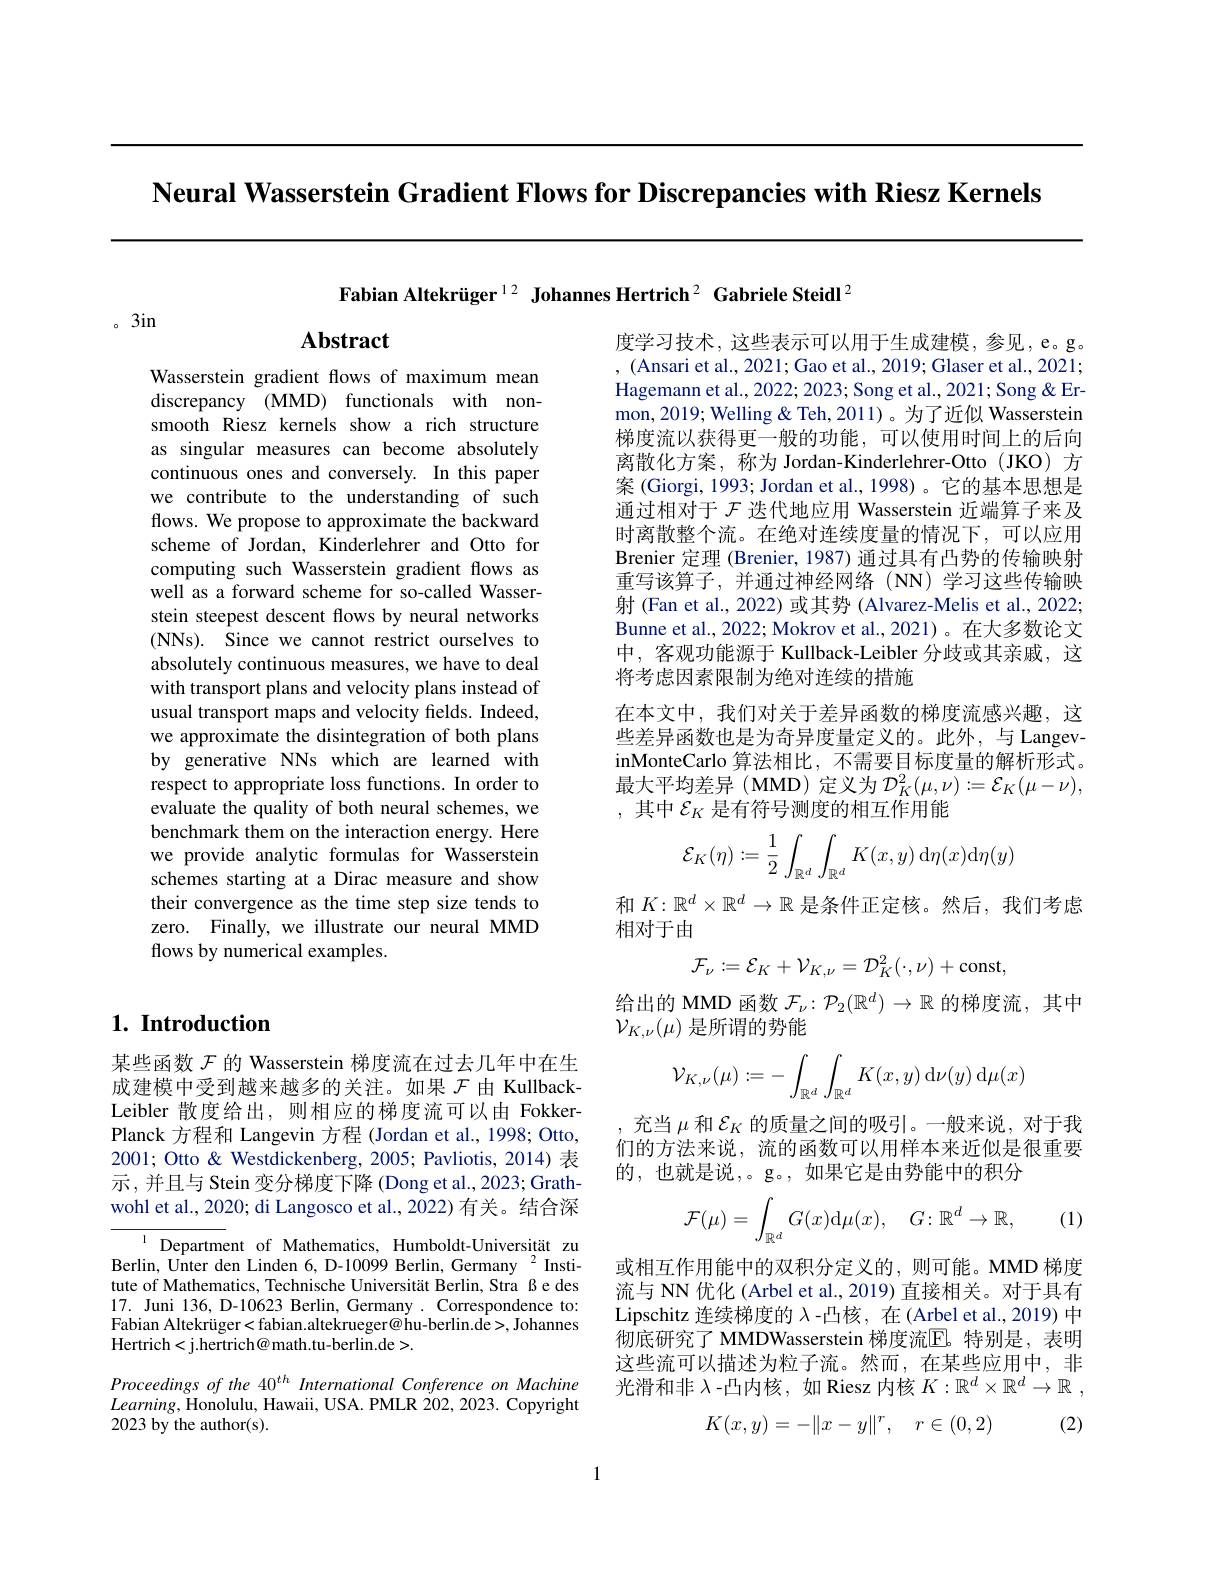
Neural Wasserstein Gradient Flows for Discrepancies with Riesz Kernels

Fabian Altekrüger$^12\textbf{ Johannes Hertrich}^2\textbf{ Gabriele Steidl}^2$

。3in

## Abstract

Wasserstein gradient flows of maximum mean discrepancy (MMD) functionals with nonsmooth Riesz kernels show a rich structure as singular measures can become absolutely continuous ones and conversely. In this paper we contribute to the understanding of such flows. We propose to approximate the backward scheme of Jordan, Kinderlehrer and Otto for computing such Wasserstein gradient flows as well as a forward scheme for so-called Wasserstein steepest descent flows by neural networks (NNs). Since we cannot restrict ourselves to absolutely continuous measures, we have to deal with transport plans and velocity plans instead of usual transport maps and velocity fields. Indeed, we approximate the disintegration of both plans by generative NNs which are learned with respect to appropriate loss functions. In order to evaluate the quality of both neural schemes, we benchmark them on the interaction energy. Here we provide analytic formulas for Wasserstein schemes starting at a Dirac measure and show their convergence as the time step size tends to zero. Finally, we illustrate our neural MMD flows by numerical examples.

## $1. \textbf{ Introduction}$

某些函数$\mathcal{F}$的 Wasserstein 梯度流在过去几年中在生成建模中受到越来越多的关注。如果$\mathcal{F}$由 KullbackLeibler 散度给出，则相应的梯度流可以由 FokkerPlanck 方程和 Langevin 方程 (Jordan et al., 1998; Otto, 2001; Otto & Westdickenberg, 2005; Pavliotis, 2014) 表示，并且与 Stein 变分梯度下降 (Dong et al., 2023; Grathwohl et al., 2020; di Langosco et al., 2022) 有关。结合深

${^{1}}{\mathrm{Department~of~Mathematics,~Humboldt-Universität~zu}}$ Berlin, Unter den Linden 6, D-10099 Berlin, Germany $^{2}$ Institute of Mathematics, Technische Universität Berlin, Stra ße des 17. Juni 136, D-10623 Berlin, Germany . Correspondence to: Fabian Altekrüger<fabian.altekrueger@hu-berlin.de>, Johannes Hertrich<j.hertrich@ math.tu-berlin.de>.

Proceedings of the 40$^{th}$ International Conference on Machine $Learning$,Honolulu, Hawaii, USA. PMLR 202, 2023. Copyright 2023 by the author(s).

度学习技术，这些表示可以用于生成建模，参见，e。g。, (Ansari et al., 2021; Gao et al., 2019; Glaser et al., 2021; Hagemann et al., 2022; 2023; Song et al., 2021; Song & Ermon, 2019; Welling & Teh, 2011)。为了近似 Wasserstein 梯度流以获得更一般的功能，可以使用时间上的后向离散化方案，称为 Jordan-Kinderlehrer-Otto(JKO) 方案 (Giorgi, 1993; Jordan et al., 1998)。它的基本思想是通过相对于$\mathcal{F}$迭代地应用 Wasserstein 近端算子来及时离散整个流。在绝对连续度量的情况下，可以应用Brenier 定理 (Brenier, 1987) 通过具有凸势的传输映射重写该算子，并通过神经网络(NN)学习这些传输映射 (Fan et al., 2022) 或其势 (Alvarez-Melis et al., 2022; Bunne et al., 2022; Mokrov et al., 2021)。在大多数论文中，客观功能源于 Kullback-Leibler 分歧或其亲戚，这将考虑因素限制为绝对连续的措施
在本文中，我们对关于差异函数的梯度流感兴趣，这些差异函数也是为奇异度量定义的。此外，与 LangevinMonteCarlo 算法相比，不需要目标度量的解析形式。最大平均差异(MMD)定义为$\mathcal{D}_K^2(\mu,\nu):=\mathcal{E}_K(\mu-\nu)$, ,其中$\mathcal{E}_K$ 是有符号测度的相互作用能
$$\begin{aligned}\mathcal{E}_K(\eta):=\frac{1}{2}\int_{\mathbb{R}^d}\int_{\mathbb{R}^d}K(x,y)\:\mathrm d\eta(x)\mathrm d\eta(y)\end{aligned}$$
和$K:\mathbb{R}^d\times\mathbb{R}^d\to\mathbb{R}$是条件正定核。然后，我们考虑
相对于由
$$\mathcal{F}_{\nu}:=\mathcal{E}_{K}+\mathcal{V}_{K,\nu}=\mathcal{D}_{K}^{2}(\cdot,\nu)+\mathrm{const},$$
给出的 MMD 函数$\mathcal{F}_\nu:\mathcal{P}_2(\mathbb{R}^d)\to\mathbb{R}$的梯度流，其中
$\mathcal{V}_{K,\nu}(\mu)$是所谓的势能
$$\begin{aligned}\mathcal{V}_{K,\nu}(\mu):=-\int_{\mathbb{R}^d}\int_{\mathbb{R}^d}K(x,y)\:\mathrm d\nu(y)\:\mathrm d\mu(x)\end{aligned}$$
,充当$\mu$和$\mathcal{E}_K$的质量之间的吸引。一般来说，对于我们的方法来说，流的函数可以用样本来近似是很重要的，也就是说，。g。,如果它是由势能中的积分

(1)
$$\mathcal{F}(\mu)=\int_{\mathbb{R}^d}G(x)\mathrm{d}\mu(x),\quad G\colon\mathbb{R}^d\to\mathbb{R},$$
或相互作用能中的双积分定义的，则可能。MMD 梯度流与 NN 优化 (Arbel et al., 2019) 直接相关。对于具有Lipschitz 连续梯度的$\lambda$ -凸核，在(Arbel et al., 2019) 中彻底研究了 MMDWasserstein 梯度流$\mathbb{E}$。特别是，表明这些流可以描述为粒子流。然而，在某些应用中，非光滑和非$\lambda$ -凸内核，如 Riesz 内核$K: \mathbb{R} ^d\times \mathbb{R} ^d\to \mathbb{R}$ ,
$$K(x,y)=-\|x-y\|^r,\quad r\in(0,2)$$
(2)

1